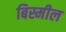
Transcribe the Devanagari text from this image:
बिस्मील